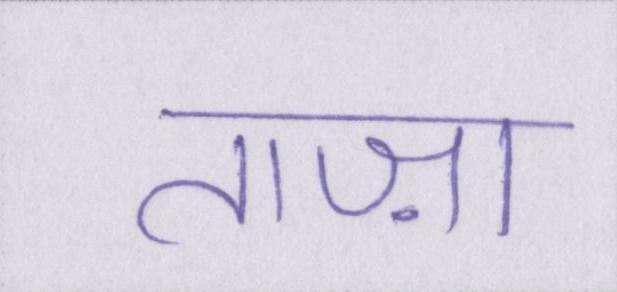
ताज़ा